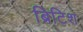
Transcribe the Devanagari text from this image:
ब्रिटिश